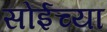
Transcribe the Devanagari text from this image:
सोईच्या